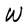
Character: W